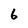
Character: 6